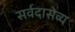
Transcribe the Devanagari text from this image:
सर्वदासेव्य